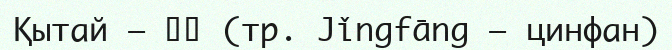
Қытай — 警方 (тр. Jǐngfāng — цинфан)